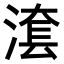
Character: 𣺮